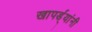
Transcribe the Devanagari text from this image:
खापर्ड्यांनी